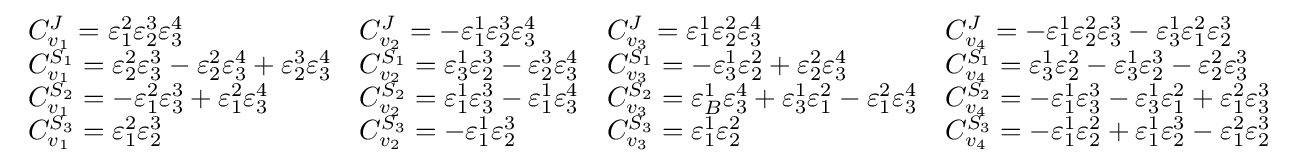
{\begin{array}{llll}C_{v_{1}}^{J}=\varepsilon _{1}^{2}\varepsilon _{2}^{3}\varepsilon _{3}^{4}&C_{v_{2}}^{J}=-\varepsilon _{1}^{1}\varepsilon _{2}^{3}\varepsilon _{3}^{4}&C_{v_{3}}^{J}=\varepsilon _{1}^{1}\varepsilon _{2}^{2}\varepsilon _{3}^{4}&C_{v_{4}}^{J}=-\varepsilon _{1}^{1}\varepsilon _{2}^{2}\varepsilon _{3}^{3}-\varepsilon _{3}^{1}\varepsilon _{1}^{2}\varepsilon _{2}^{3}\\C_{v_{1}}^{S_{1}}=\varepsilon _{2}^{2}\varepsilon _{3}^{3}-\varepsilon _{2}^{2}\varepsilon _{3}^{4}+\varepsilon _{2}^{3}\varepsilon _{3}^{4}&C_{v_{2}}^{S_{1}}=\varepsilon _{3}^{1}\varepsilon _{2}^{3}-\varepsilon _{2}^{3}\varepsilon _{3}^{4}&C_{v_{3}}^{S_{1}}=-\varepsilon _{3}^{1}\varepsilon _{2}^{2}+\varepsilon _{2}^{2}\varepsilon _{3}^{4}&C_{v_{4}}^{S_{1}}=\varepsilon _{3}^{1}\varepsilon _{2}^{2}-\varepsilon _{3}^{1}\varepsilon _{2}^{3}-\varepsilon _{2}^{2}\varepsilon _{3}^{3}\\C_{v_{1}}^{S_{2}}=-\varepsilon _{1}^{2}\varepsilon _{3}^{3}+\varepsilon _{1}^{2}\varepsilon _{3}^{4}&C_{v_{2}}^{S_{2}}=\varepsilon _{1}^{1}\varepsilon _{3}^{3}-\varepsilon _{1}^{1}\varepsilon _{3}^{4}&C_{v_{3}}^{S_{2}}=\varepsilon _{B}^{1}\varepsilon _{3}^{4}+\varepsilon _{3}^{1}\varepsilon _{1}^{2}-\varepsilon _{1}^{2}\varepsilon _{3}^{4}&C_{v_{4}}^{S_{2}}=-\varepsilon _{1}^{1}\varepsilon _{3}^{3}-\varepsilon _{3}^{1}\varepsilon _{1}^{2}+\varepsilon _{1}^{2}\varepsilon _{3}^{3}\\C_{v_{1}}^{S_{3}}=\varepsilon _{1}^{2}\varepsilon _{2}^{3}&C_{v_{2}}^{S_{3}}=-\varepsilon _{1}^{1}\varepsilon _{2}^{3}&C_{v_{3}}^{S_{3}}=\varepsilon _{1}^{1}\varepsilon _{2}^{2}&C_{v_{4}}^{S_{3}}=-\varepsilon _{1}^{1}\varepsilon _{2}^{2}+\varepsilon _{1}^{1}\varepsilon _{2}^{3}-\varepsilon _{1}^{2}\varepsilon _{2}^{3}\end{array}}